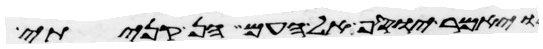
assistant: ויאמר יוסף אל העם הן קניתי